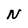
Character: N